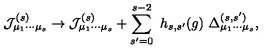
{ \cal J } _ { \mu _ { 1 } \cdots \mu _ { s } } ^ { ( s ) } \rightarrow { \cal J } _ { \mu _ { 1 } \cdots \mu _ { s } } ^ { ( s ) } + \sum _ { s ^ { \prime } = 0 } ^ { s - 2 } \ h _ { s , s ^ { \prime } } ( g ) \ \Delta _ { \mu _ { 1 } \cdots \mu _ { s } } ^ { ( s , s ^ { \prime } ) } ,